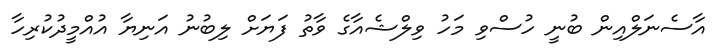
އާސެނަލްއިން ބުނީ ހުސްވި މަހު ވިލްޝެއާގެ ވާތު ފަޔަށް ލިބުނު އަނިޔާ އުއްމީދުކުރިހާ